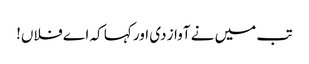
تب میں نے آواز دی اور کہا کہ اے فلاں!